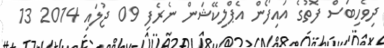
ދިވެހިބަސް ފޮތުގެ އައިފޯން އެޕްލިކޭޝަން ނެރެފި 09 ޖުލައި 2014 13